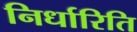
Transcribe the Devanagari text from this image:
निर्धारिति